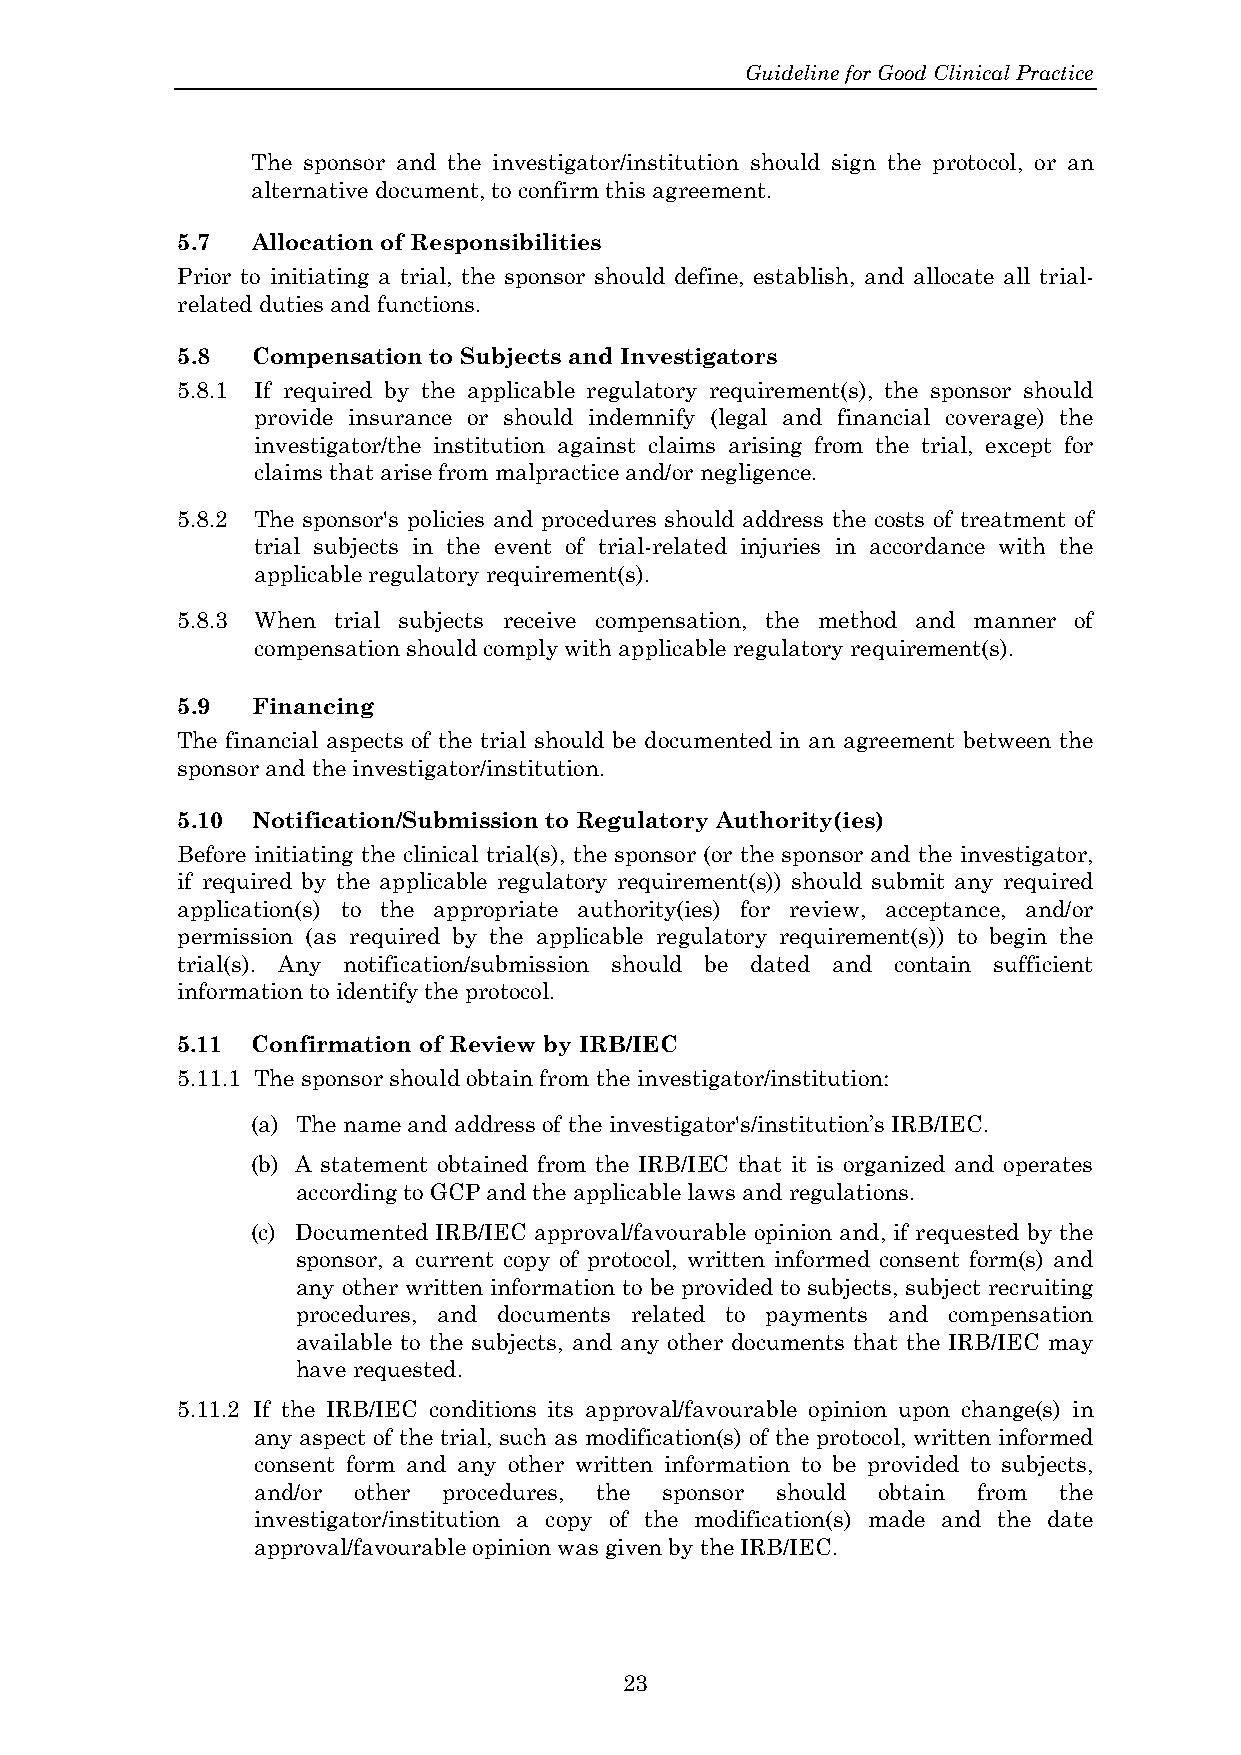
Guideline for Good Clinical Practice
 The sponsor and the investigator/institution should sign the protocol, or an
 alternative document, to confirm this agreement.
 5.7  Allocation of Responsibilities
 Prior to initiating a trial, the sponsor should define, establish, and allocate all trial-
 related duties and functions.
 5.8  Compensation to Subjects and Investigators
 5.8.1 If required by the applicable regulatory requirement(s), the sponsor should
 provide insurance or should indemnify (legal and financial coverage) the
 investigator/the institution against claims arising from the trial, except for
 claims that arise from malpractice and/or negligence.
 5.8.2 The sponsor's policies and procedures should address the costs of treatment of
 trial subjects in the event of trial-related injuries in accordance with the
 applicable regulatory requirement(s).
 5.8.3 When trial subjects receive compensation, the method and manner of
 compensation should comply with applicable regulatory requirement(s).
 5.9  Financing
 The financial aspects of the trial should be documented in an agreement between the
 sponsor and the investigator/institution.
 5.10 Notification/Submission to Regulatory Authority(ies)
 Before initiating the clinical trial(s), the sponsor (or the sponsor and the investigator,
 if required by the applicable regulatory requirement(s)) should submit any required
 application(s) to the appropriate authority(ies) for review, acceptance, and/or
 permission (as required by the applicable regulatory requirement(s)) to begin the
 trial(s). Any notification/submission should be dated and contain sufficient
 information to identify the protocol.
 5.11 Confirmation of Review by IRB/IEC
 5.11.1 The sponsor should obtain from the investigator/institution:
 (a) The name and address of the investigator's/institution’s IRB/IEC.
 (b) A statement obtained from the IRB/IEC that it is organized and operates
 according to GCP and the applicable laws and regulations.
 (c) Documented IRB/IEC approval/favourable opinion and, if requested by the
 sponsor, a current copy of protocol, written informed consent form(s) and
 any other written information to be provided to subjects, subject recruiting
 procedures, and documents related to payments and compensation
 available to the subjects, and any other documents that the IRB/IEC may
 have requested.
 5.11.2 If the IRB/IEC conditions its approval/favourable opinion upon change(s) in
 any aspect of the trial, such as modification(s) of the protocol, written informed
 consent form and any other written information to be provided to subjects,
 and/or other procedures, the sponsor should obtain from the
 investigator/institution a copy of the modification(s) made and the date
 approval/favourable opinion was given by the IRB/IEC.
 23